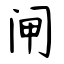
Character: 闸